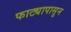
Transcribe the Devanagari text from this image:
फाट्यापासुन